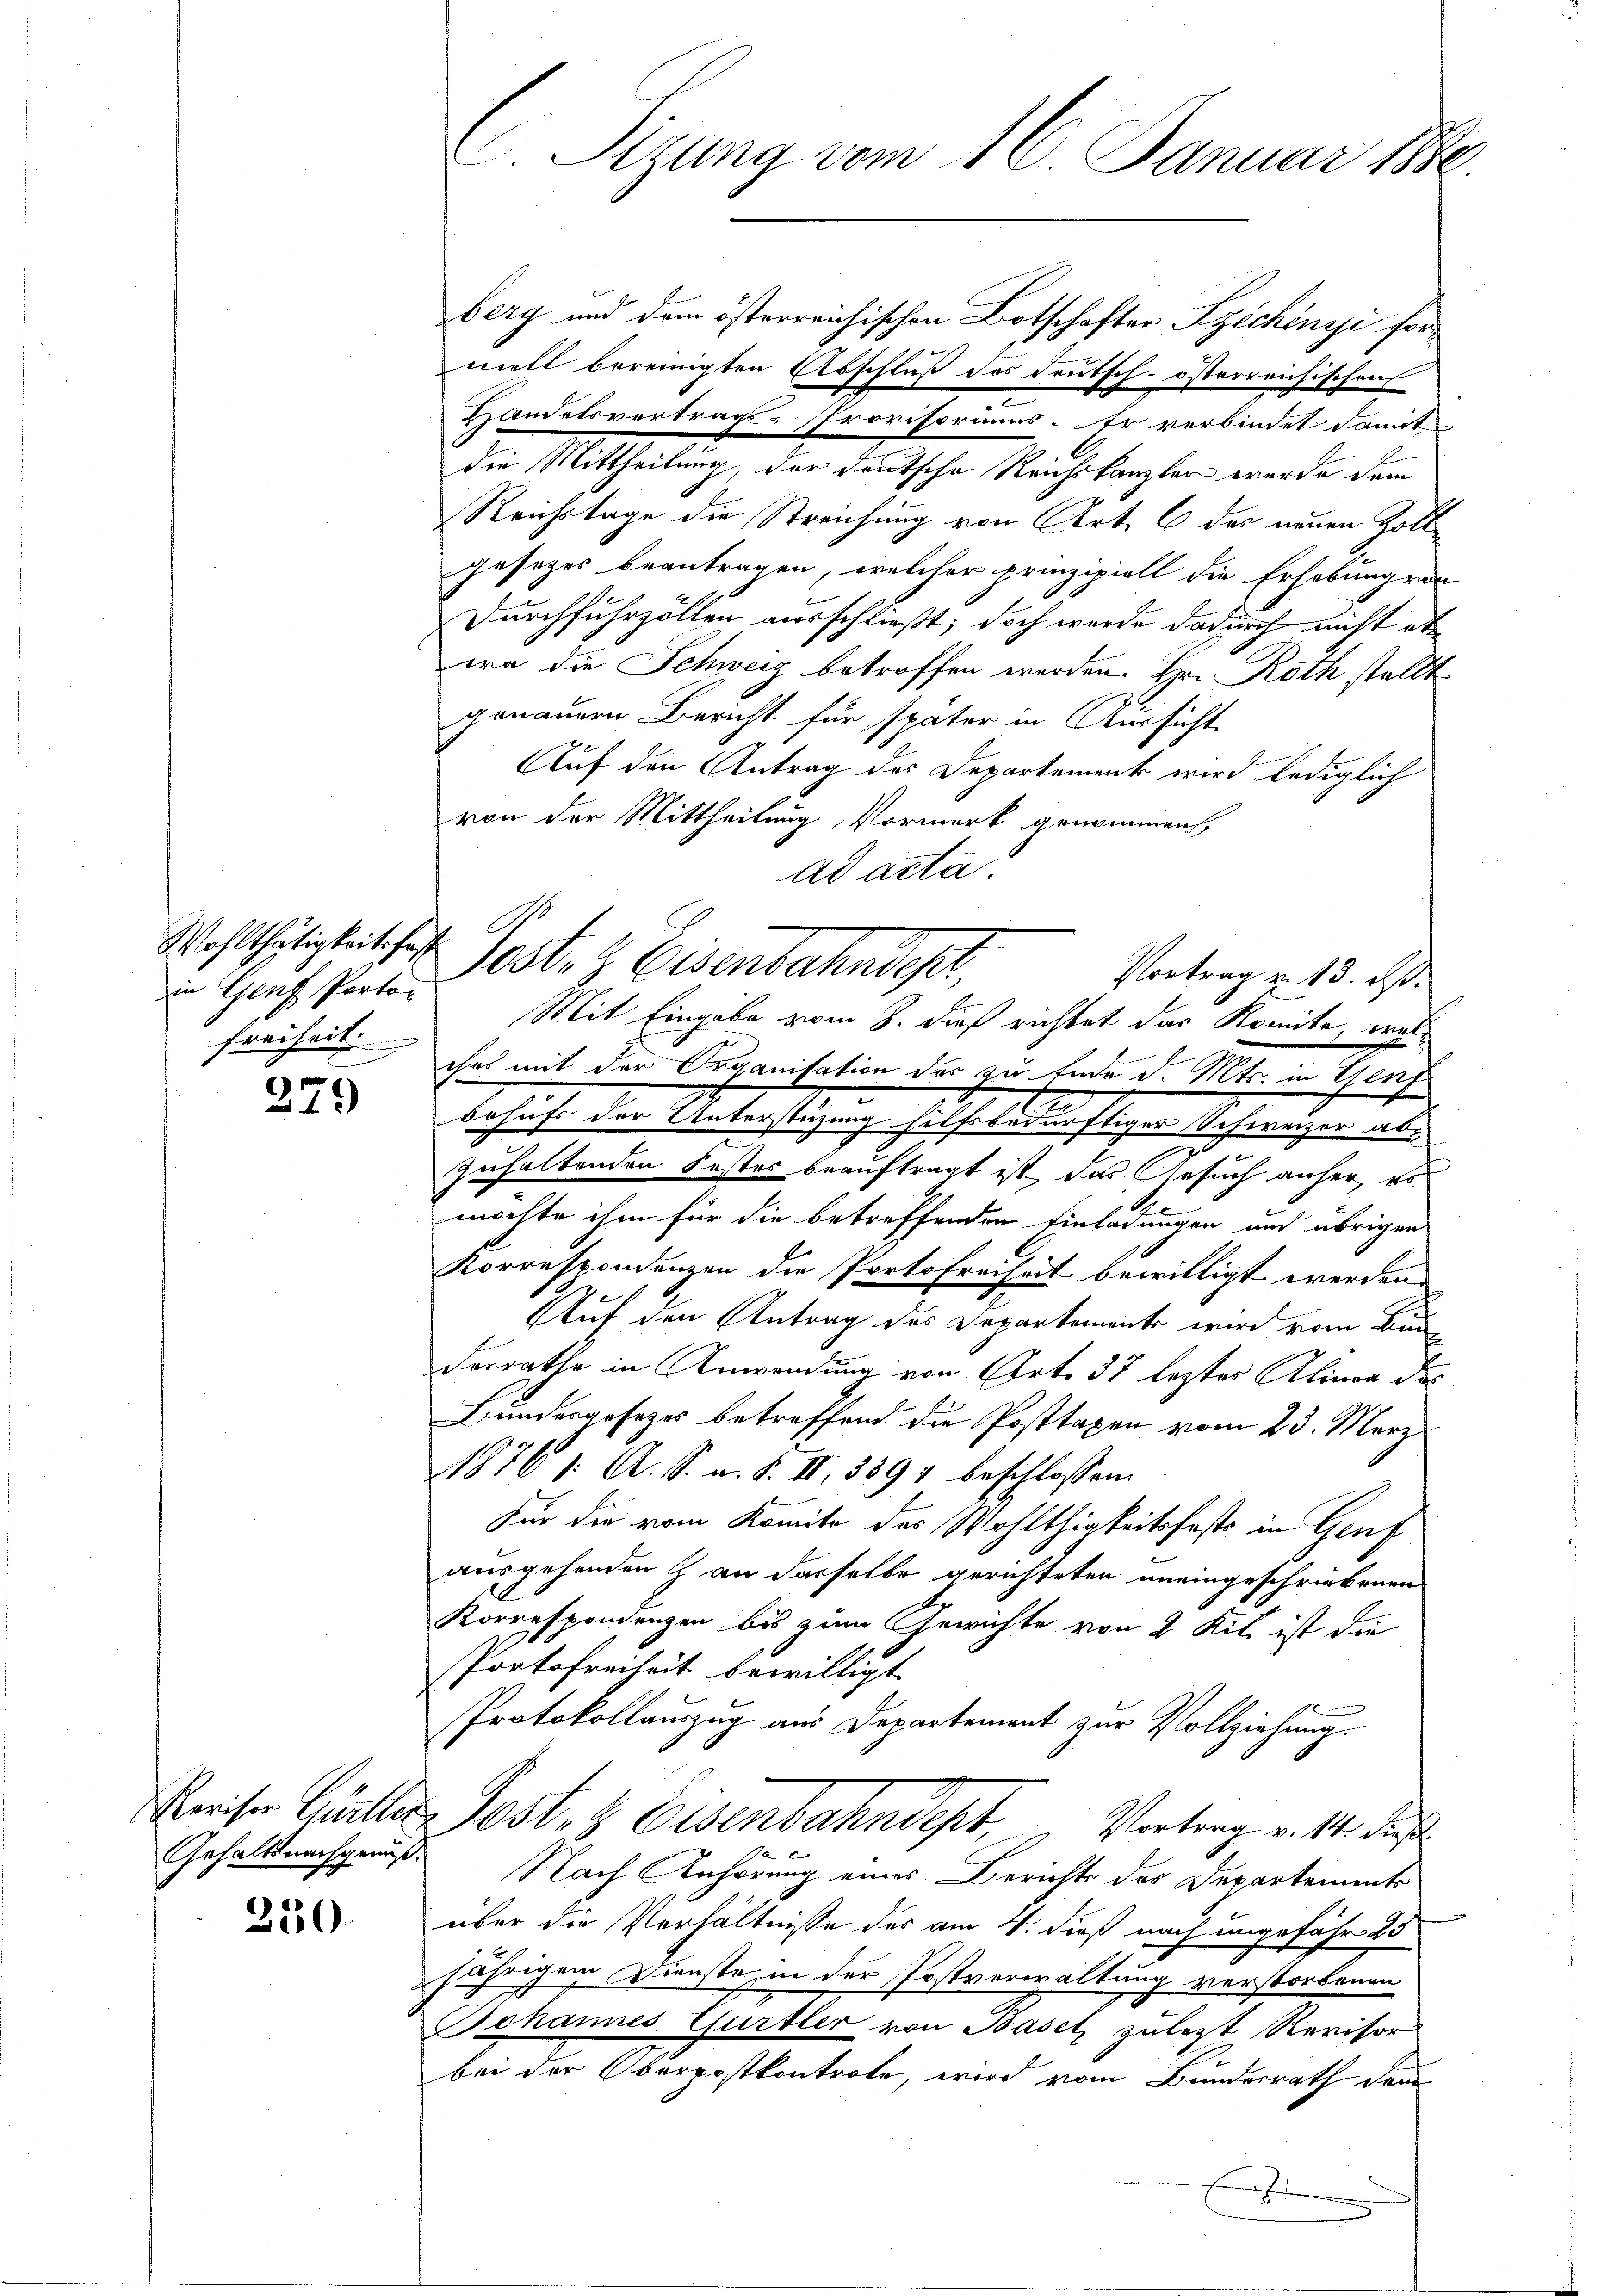
in Genf Parte.
Freiheit.

279

230.

C. Sizung vom 16. Januar 1880.

berg und dem österreichischen Botschafter Szechinyi formelt bereinigten Abschluß des deutsch-österreichischen
.
Handelsvertrags-Provisoriums. Er verbindet damit
die Mittheilung, der deutsche Reichskanzler werde dem
Reichstage die Streichung von Art. 6 des neuen Zoll
gesezes beantragen, welcher prinzipiell die Erhebung von
Durchfuhrzöllen ausschließt, doch werde dadurch nicht et
era die Schweiz betroffen werden. Hr. Roth stellt
genauern Bericht für später in Aussicht
Auf den Antrag des Departement wird lediglich
von der Mittheilung Vormerk genommen
ad acta.
chat mit der Organisation der zu Ende d. Mts. in Genf
behiehe der Unterstigung sothard der segnen Schreizen aus
zuhaltenden Fastes beauftragt ist, das Gesuch anher, es
möchte ihm für die betreffenden Einladungen und übrigen
Korrespondenzen die Portofreiheit bewilligt werden.
Auf den Antrag des Departements wird vom Bun
derrathe in Anwendung von Art. 37 lezter Alinea des
Bundesgesetzes betreffend die Posttaxen vom 23. März
1876 1. A. S. m. S. II, 1891 beschlossen.
Für die vom Komite des Wohlthigkeitsfests in Genf
ausgehenden & an derselbe gerichteten aneingeschriebenen
.
Korrespondenzen bis zum Gewichte von 2 Kili ist die
Portofreiheit bewilligt.
Protokollauszug aus Departement zur Vollziehung.
Kreiser Gütter Post- & Eisenbahndept, Vortrag v. 14. des
Gehaltsnachgenuß. Nach Anhörung eines Berichts des Departements
über die Verhältnisse der am 4. dieß nach ungefähr 25
jährigem Dienste, in der Postverwaltung verstorbenen
Johannes Gurtler von Basel zuletzt Revisor
bei der Oberpostkontrole, wird vom Bundesrath demn
f

Wohlthätigkeit ses Post- & Eisenbahndepr

Vortrag v. 13. d.
Mit Eingabe vom 8. dieß richtet das Komite, wel¬